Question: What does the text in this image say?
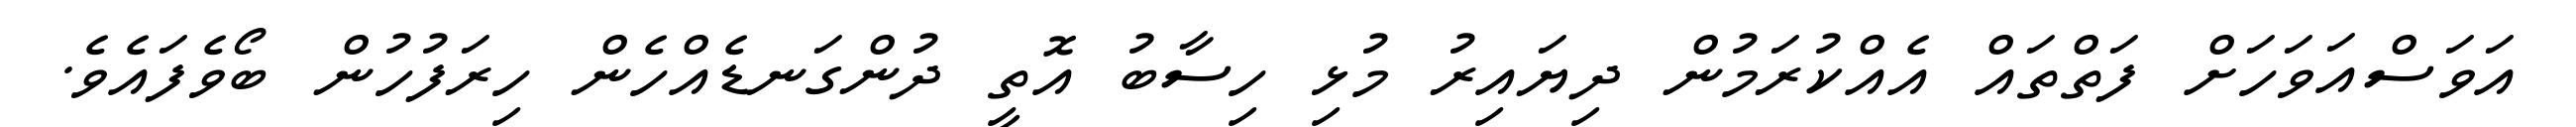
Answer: އަވަސްއަވަހަށް ފަތްތައް އެއްކުރަމުން ދިޔައިރު މުޅި ހިސާބު އޮތީ ދުންގަނޑެއްހެން ހިރަފުހުން ބޯވެފައެވެ.